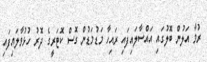
ރުމާ އަލުން ބޮލުގައި އައްސާލައިފައި ރައިހާ މަޑުމަޑުން ގޮސް ކޮޓަރީގެ ދޮރު ހުޅުވާލައިފައި